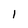
Character: I